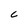
Character: C